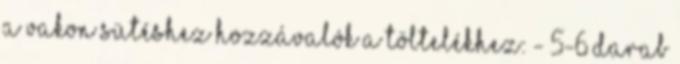
a vakon sütéshez Hozzávalók a töltelékhez: - 5-6 darab